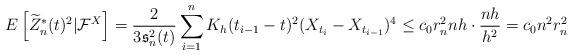
LaTeX: \begin{align*}E\left[\widetilde{Z}_n^*(t)^2|\mathcal{F}^X\right]&=\frac{2}{3\mathfrak{s}^2_n(t)}\sum_{i=1}^nK_h(t_{i-1}-t)^2(X_{t_{i}}-X_{t_{i-1}})^4\leq c_0r_n^2nh\cdot\frac{nh}{h^2}=c_0n^2r_n^2\end{align*}